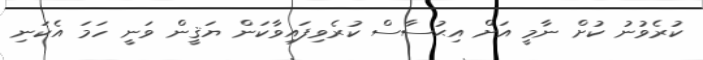
ކުރެވުނު ކުށް ނާމީ އަށް އިޙުސާސް ކުރެވިފައިވާކަން ޔަޤީން ވަނީ ހަމަ އެކަނި